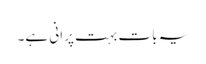
یہ بات بہت پرانی ہے۔